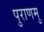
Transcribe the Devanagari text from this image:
पुराणमु